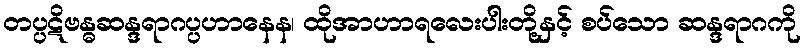
တပ္ပဋိဗန္ဓဆန္ဒရာဂပ္ပဟာနေန၊ ထိုအာဟာရလေးပါးတို့နှင့် စပ်သော ဆန္ဒရာဂကို